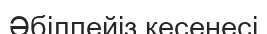
Әбілпейіз кесенесі